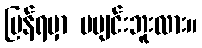
ပြန်ရမှာ မပျင်းဘူးလား။